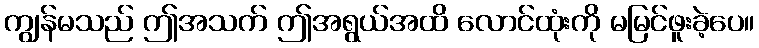
ကျွန်မသည် ဤအသက် ဤအရွယ်အထိ လောင်ထုံးကို မမြင်ဖူးခဲ့ပေ။